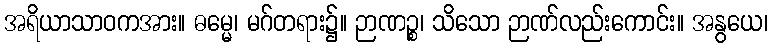
အရိယာသာဝကအား။ ဓမ္မေ၊ မဂ်တရား၌။ ဉာဏဉ္စ၊ သိသော ဉာဏ်လည်းကောင်း။ အနွယေ၊